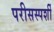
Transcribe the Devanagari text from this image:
परीसस्पर्शी